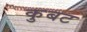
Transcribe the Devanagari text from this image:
कुबट